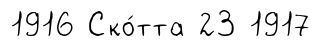
1916 Ско́тта 23 1917